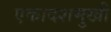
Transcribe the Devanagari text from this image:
एकादशमुखी